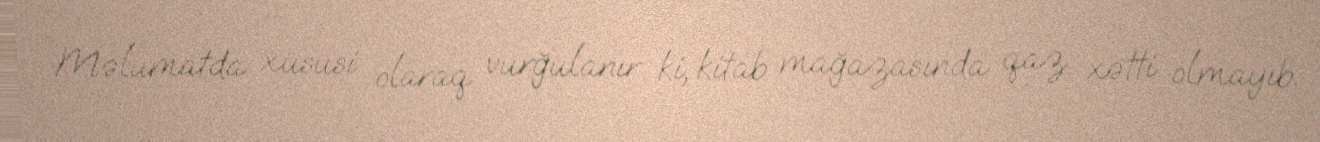
Məlumatda xüsusi olaraq vurğulanır ki, kitab mağazasında qaz xətti olmayıb.